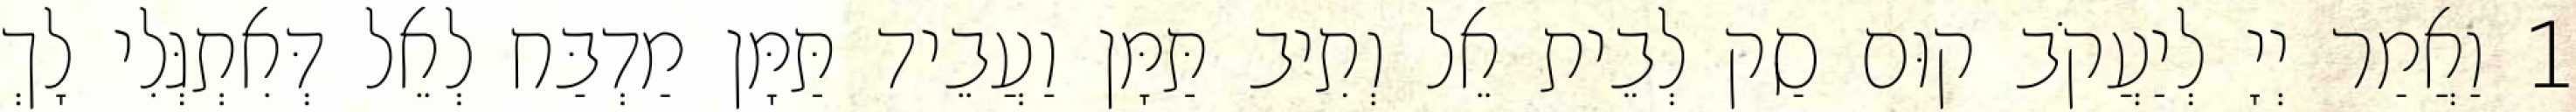
1 וַאֲמַר יְיָ לְיַעֲקֹב קוּם סַק לְבֵית אֵל וְתִיב תַּמָּן וַעֲבֵיד תַּמָּן מַדְבַּח לְאֵל דְּאִתְגְּלִי לָךְ